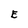
Character: E